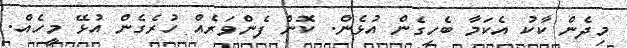
މިދެން ކާކު އެކަމާ ބެހިގެން އުޅެން. ކޮން ފެންވަރެއް ހުރެގެން އުޅޭ މީހެއް.